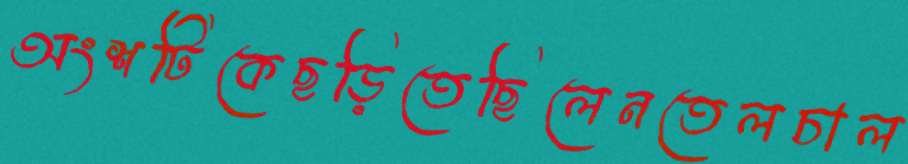
অংশটিকেছড়িতেছিলেনতেলচাল